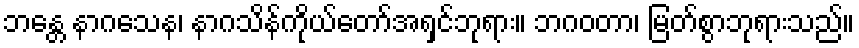
ဘန္တေ နာဂသေန၊ နာဂသိန်ကိုယ်တော်အရှင်ဘုရား။ ဘဂဝတာ၊ မြတ်စွာဘုရားသည်။